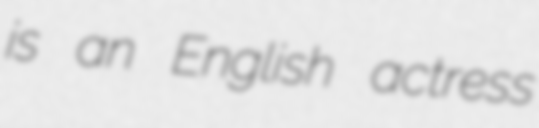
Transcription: is an English actress